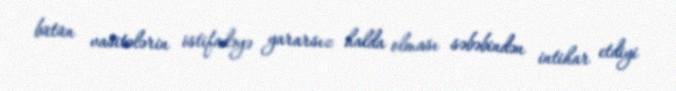
bütün vasitələrin istifadəyə yararsız halda olması səbəbindən intihar etdiyi